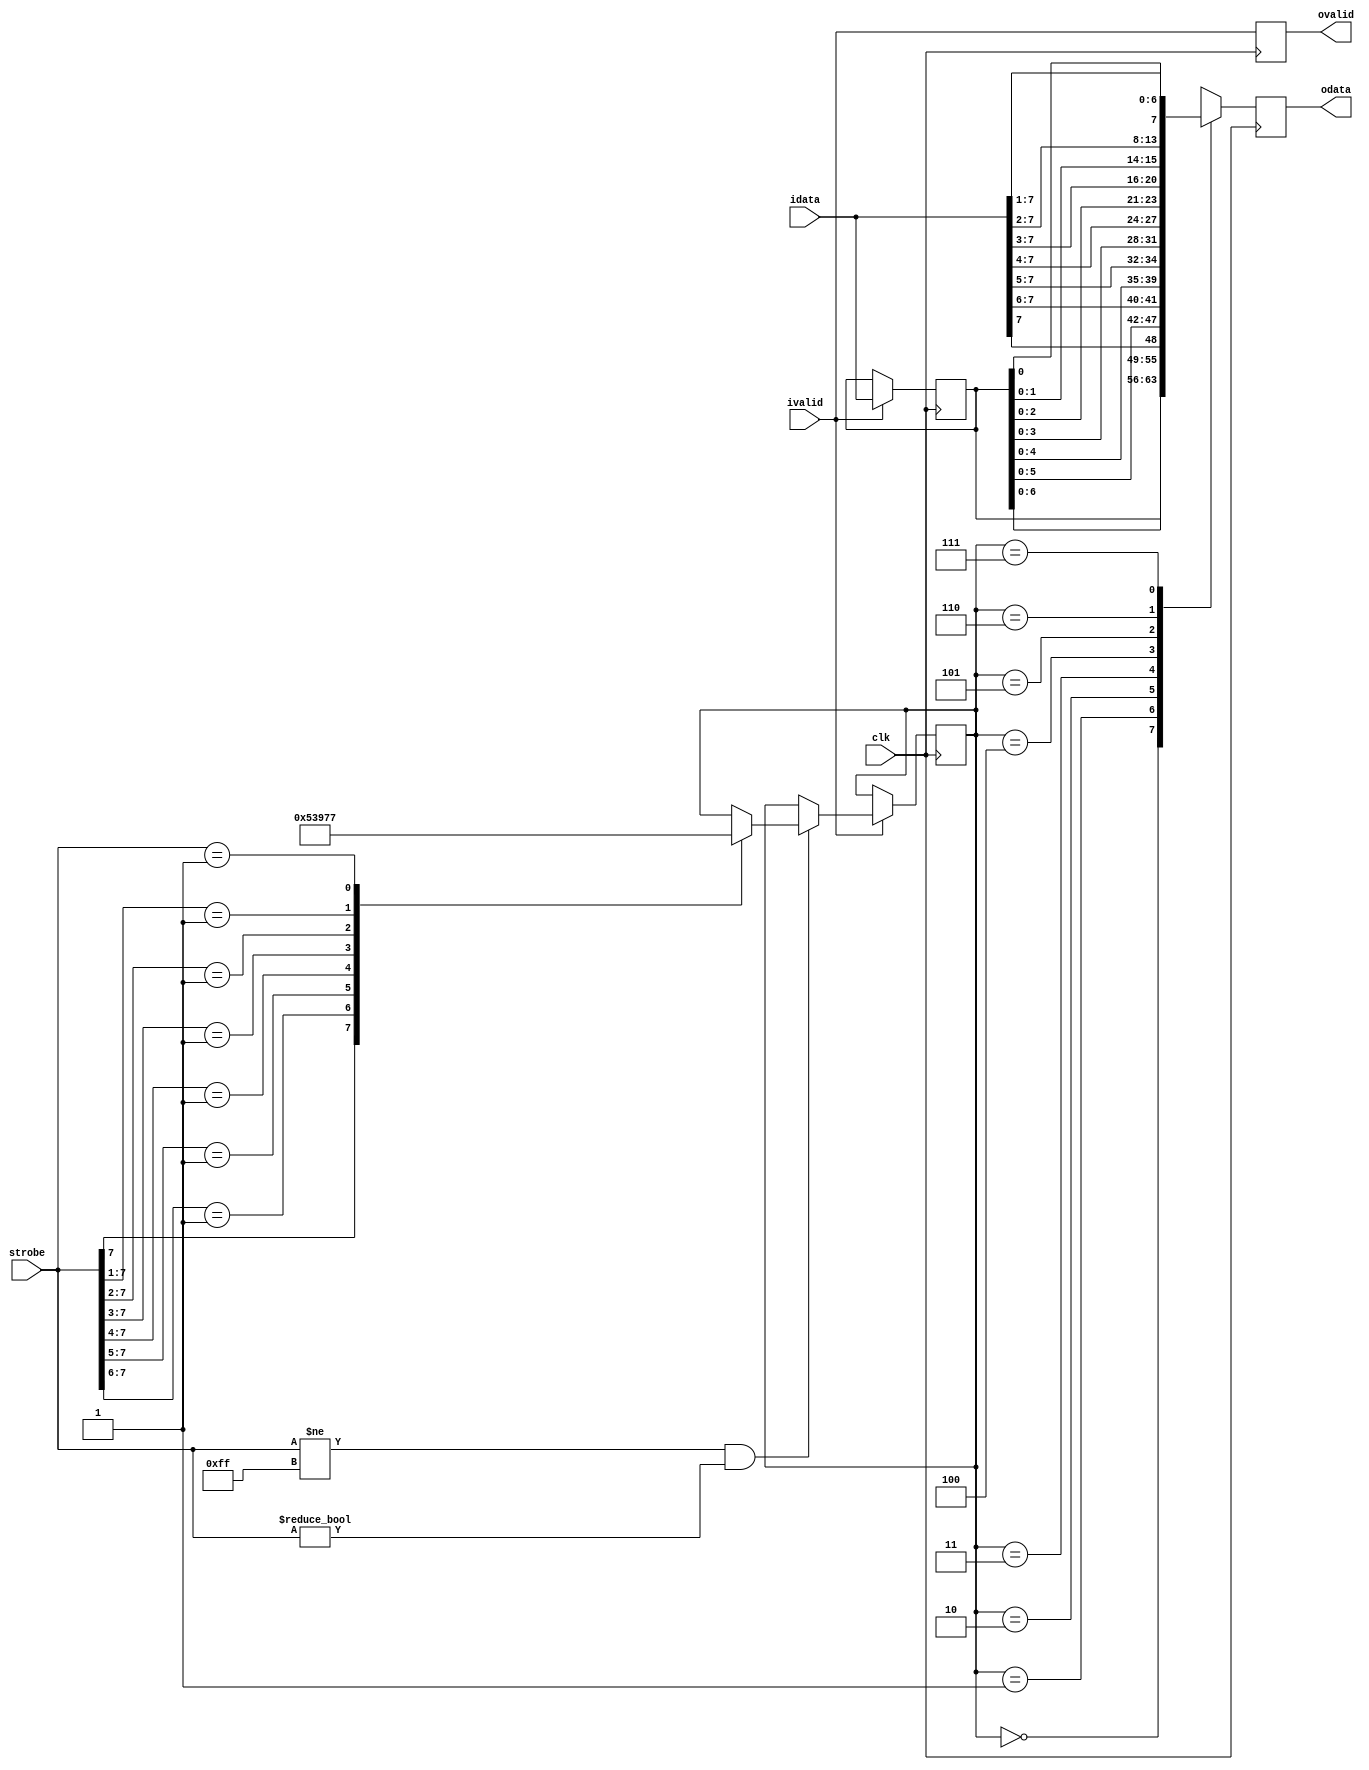
// ***************************************************************************
// ***************************************************************************
// Copyright 2014 - 2020 (c) Analog Devices, Inc. All rights reserved.
//
// In this HDL repository, there are many different and unique modules, consisting
// of various HDL (Verilog or VHDL) components. The individual modules are
// developed independently, and may be accompanied by separate and unique license
// terms.
//
// The user should read each of these license terms, and understand the
// freedoms and responsibilities that he or she has by using this source/core.
//
// This core is distributed in the hope that it will be useful, but WITHOUT ANY
// WARRANTY; without even the implied warranty of MERCHANTABILITY or FITNESS FOR
// A PARTICULAR PURPOSE.
//
// Redistribution and use of source or resulting binaries, with or without modification
// of this file, are permitted under one of the following two license terms:
//
//   1. The GNU General Public License version 2 as published by the
//      Free Software Foundation, which can be found in the top level directory
//      of this repository (LICENSE_GPL2), and also online at:
//      <https://www.gnu.org/licenses/old-licenses/gpl-2.0.html>
//
// OR
//
//   2. An ADI specific BSD license, which can be found in the top level directory
//      of this repository (LICENSE_ADIBSD), and also on-line at:
//      https://github.com/analogdevicesinc/hdl/blob/master/LICENSE_ADIBSD
//      This will allow to generate bit files and not release the source code,
//      as long as it attaches to an ADI device.
//
// ***************************************************************************
// ***************************************************************************

`timescale 1ns/100ps

module adrv9001_aligner8 (
  input             clk,
  input       [7:0] idata,
  input             ivalid,
  input       [7:0] strobe,
  output reg  [7:0] odata,
  output            ovalid
);

  reg [7:0] idata_d = 'b0;
  reg       ivalid_d = 'b0;

  always @(posedge clk) begin
    if (ivalid) begin
      idata_d <= idata;
    end
    ivalid_d <= ivalid;
  end

  reg [2:0] phase = 'h0;
  always @(posedge clk) begin
    if (ivalid) begin
      if ((strobe != 'b1111_1111) && (strobe != 'b0000_0000)) begin
        casex (strobe)
          'b1xxx_xxxx : phase <= 0;
          'b01xx_xxxx : phase <= 1;
          'b001x_xxxx : phase <= 2;
          'b0001_xxxx : phase <= 3;
          'b0000_1xxx : phase <= 4;
          'b0000_01xx : phase <= 5;
          'b0000_001x : phase <= 6;
          'b0000_0001 : phase <= 7;
          default     : phase <= phase;
        endcase
      end
    end
  end

  always @(posedge clk) begin
    case (phase)
      0 : odata <= idata_d;
      1 : odata <= {idata_d[6:0],idata[7:7]};
      2 : odata <= {idata_d[5:0],idata[7:6]};
      3 : odata <= {idata_d[4:0],idata[7:5]};
      4 : odata <= {idata_d[3:0],idata[7:4]};
      5 : odata <= {idata_d[2:0],idata[7:3]};
      6 : odata <= {idata_d[1:0],idata[7:2]};
      7 : odata <= {idata_d[0:0],idata[7:1]};
    endcase
  end
  assign ovalid = ivalid_d;

endmodule